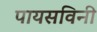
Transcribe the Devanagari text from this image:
पायसविनी